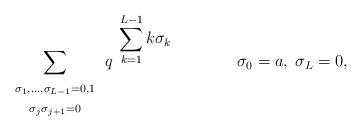
LaTeX: \begin{align*}\renewcommand{\arraystretch}{1}\sum_{\begin{array}{c} \scriptstyle\sigma_1,\ldots,\sigma_{L-1}=0,1\\\scriptstyle\sigma_j\sigma_{j+1}=0\end{array}}q^{ \;\; \displaystyle \sum_{k=1}^{L-1} k\sigma_k} \qquad\qquad \sigma_0=a, \; \sigma_L=0,\end{align*}